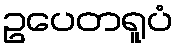
ဥပေတရူပံ